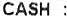
CASH :